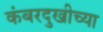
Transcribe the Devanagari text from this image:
कंबरदुखीच्या